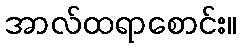
အာလ်ထရာစောင်း။